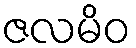
ဇလမိဝ